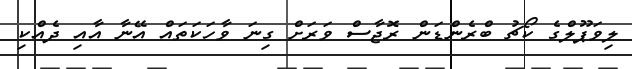
ލިވަޕޫލްގެ ކޯޗު ބްރެންޑަން ރޮޖާސް ވަރަށް ގިނަ ވާހަކަތައް އޭނާ އާއި ދެއްކި